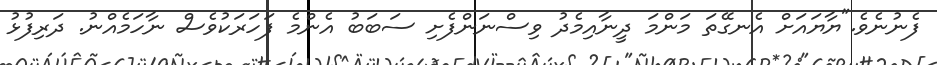
ފެނުނެވެ."ޔާޔައަށް އެނގޭތަ މަންމަ ދީނާއިމެދު ވިސްނަންފެށި ސަބަބު އެންމެ ފަހަރަކުވެސް ނާހަމެއްނު. ދަރިފުޅު